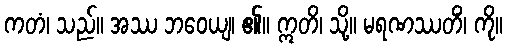
ကတံ၊ သည်။ အဿ ဘဝေယျ၊ ၏။ ဣတိ၊ သို့။ မရဏဿတိံ၊ ကို။